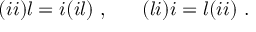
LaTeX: ( i i ) l = i ( i l ) ~ , ~ ~ ~ ~ ~ ( l i ) i = l ( i i ) ~ .